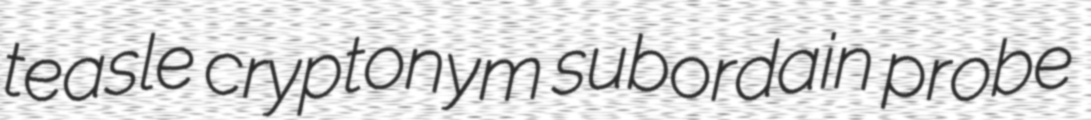
teasle cryptonym subordain probe